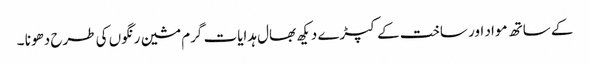
کے ساتھ مواد اور ساخت کے کپڑے دیکھ بھال ہدایات گرم مشین رنگوں کی طرح دھونا ۔